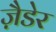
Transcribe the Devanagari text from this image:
ज़ैडेर